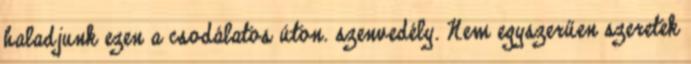
haladjunk ezen a csodálatos úton. szenvedély. Nem egyszerűen szeretek